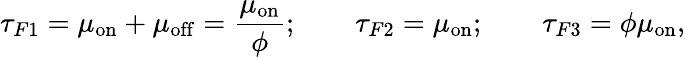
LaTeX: \tau_{F1}=\mu_{\mathrm{on}}+\mu_{\mathrm{off}}=\frac{\mu_{\mathrm{on}}}{\phi};\quad\quad\tau_{F2}=\mu_{\mathrm{on}};\quad\quad\tau_{F3}=\phi\mu_{\mathrm{on}},